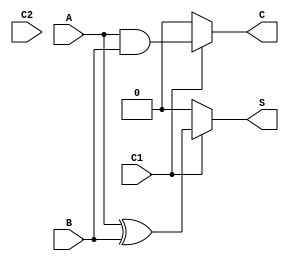
module Conditional_Half_Adder (
    input wire A,         // First input bit
    input wire B,         // Second input bit
    input wire C1,        // Control signal 1
    input wire C2,        // Control signal 2 (can be extended for more control signals)
    output reg S,         // Sum output
    output reg C          // Carry output
);

    always @(*) begin
        // Default outputs
        S = 1'b0;
        C = 1'b0;

        // Check control signals to determine if addition should occur
        if (C1) begin
            // Perform addition if C1 is active
            S = A ^ B; // Sum
            C = A & B; // Carry
        end
        // Additional conditions can be added using C2 or other control signals if needed
        // For example, you might want to add another condition based on C2
        // if (C2) begin
        //     // Additional logic can be added here
        // end
    end

endmodule